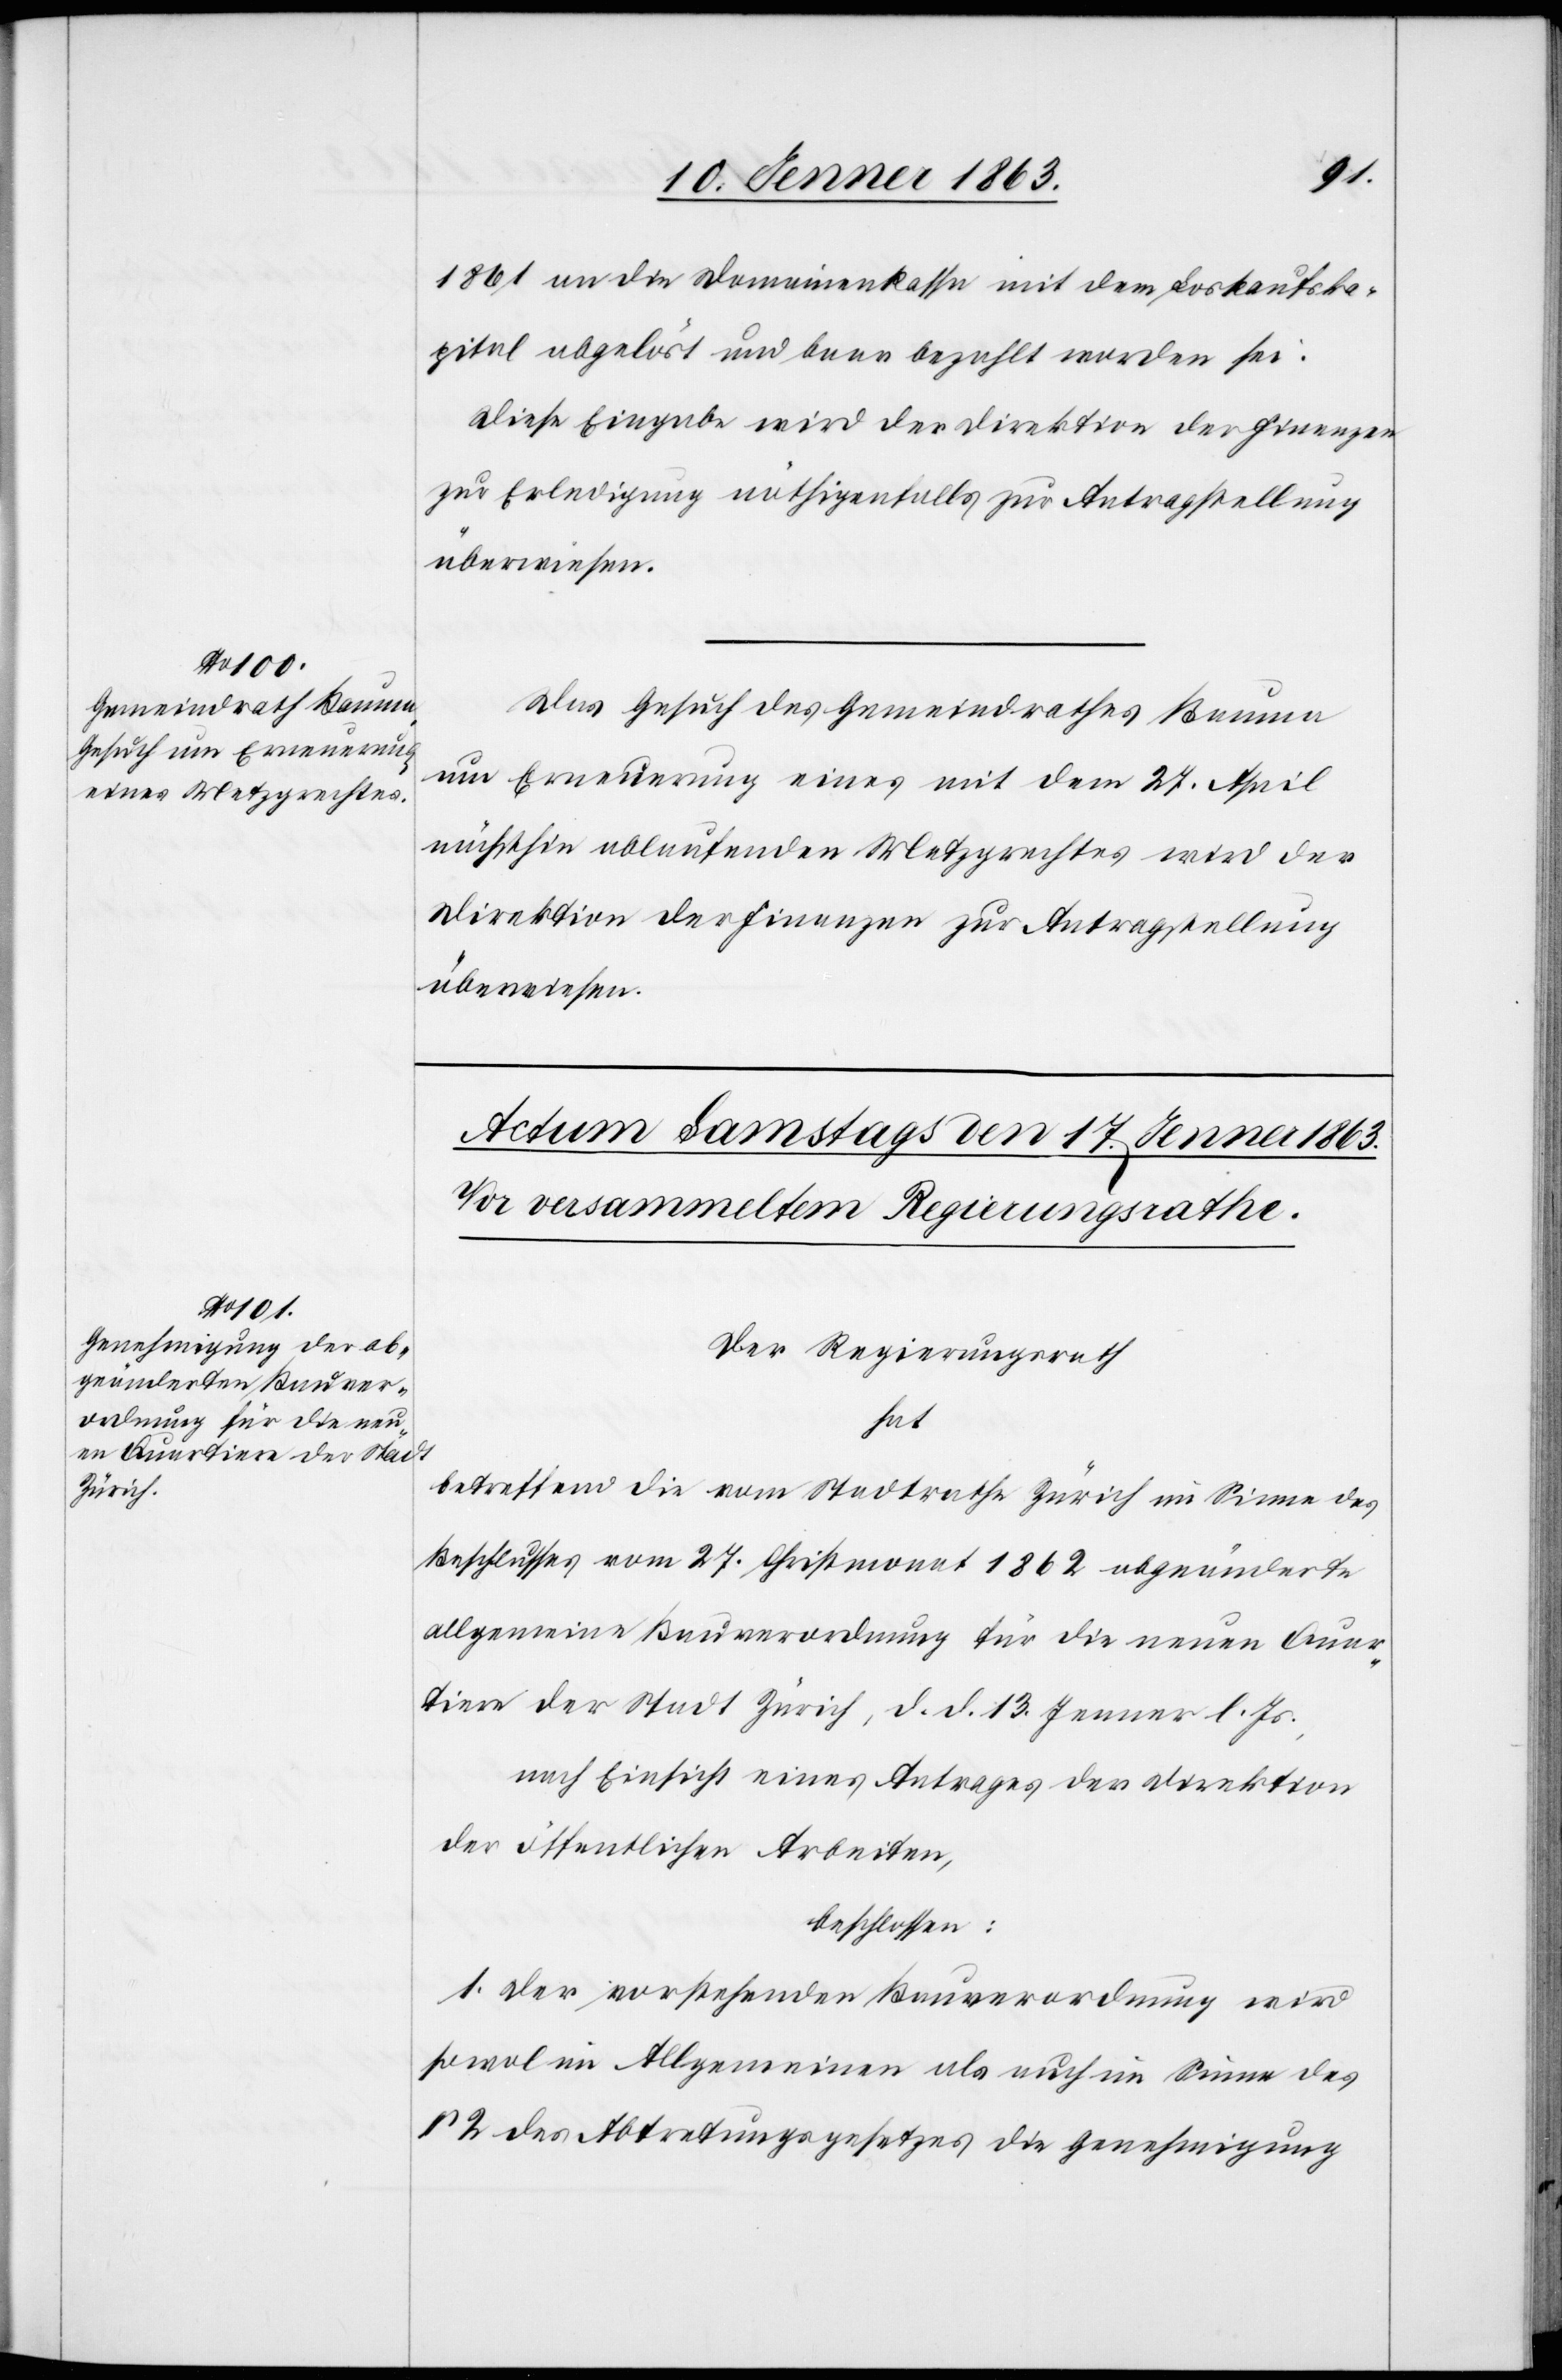
16. Jenner 1863.]
1861 an die Domainenkasse mit dem Loskaufska¬
pital abgelöst und baar bezahlt worden sei.
Diese Eingabe wird der Direktion der Finanzen
zur Erledigung nöthigenfalls zur Antragstellung
überwiesen.
Das Gesuch des Gemeindrathes Bauma
um Erneuerung eines mit dem 27. April
nächsthin ablaufenden Metzgrechtes wird der
Direktion der Finanzen zur Antragstellung
überwiesen.
Der Regierungsrath
hat
betreffend die vom Stadtrathe Zürich im Sinne des
Beschlusses vom 27. Christmonat 1862 abgeänderte
allgemeine Bauverordnung für die neuen Quar¬
tiere der Stadt Zürich, d. d. 13. Jenner l. Js.,
nach Einsicht eines Antrages der Direktion
der öffentlichen Arbeiten,
beschlossen:
1. Der vorstehenden Bauverordnung wird
sowol im Allgemeinen als auch im Sinne des
§ 2 des Abtretungsgesetzes die Genehmigung